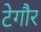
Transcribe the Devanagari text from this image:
टेगौर